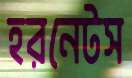
হরনেটস